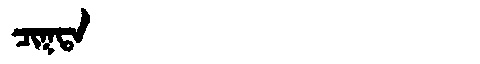
Manchu: ᠴᡳᡴᡨᠠ
Romanization: CIKTA